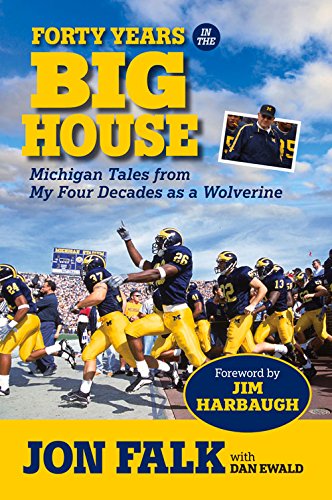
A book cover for Forty Years in The Big House: Michigan Tales from My Four Decades as a Wolverine; Jon Falk; Biographies & Memoirs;